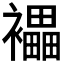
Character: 𧞭